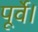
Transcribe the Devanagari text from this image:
पूर्वे।